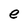
Character: e